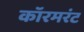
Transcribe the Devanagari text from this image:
कॉरमरंट